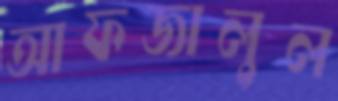
আফজালুল